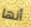
أنها